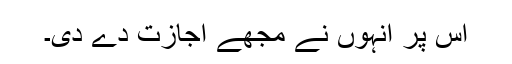
اس پر انہوں نے مجھے اجازت دے دی۔